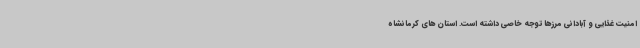
امنیت غذایی و آبادانی مرزها توجه خاصی داشته است. استان های کرمانشاه